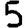
Digit: 5